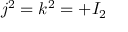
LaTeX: ~ j ^ { 2 } = k ^ { 2 } = + I _ { 2 }